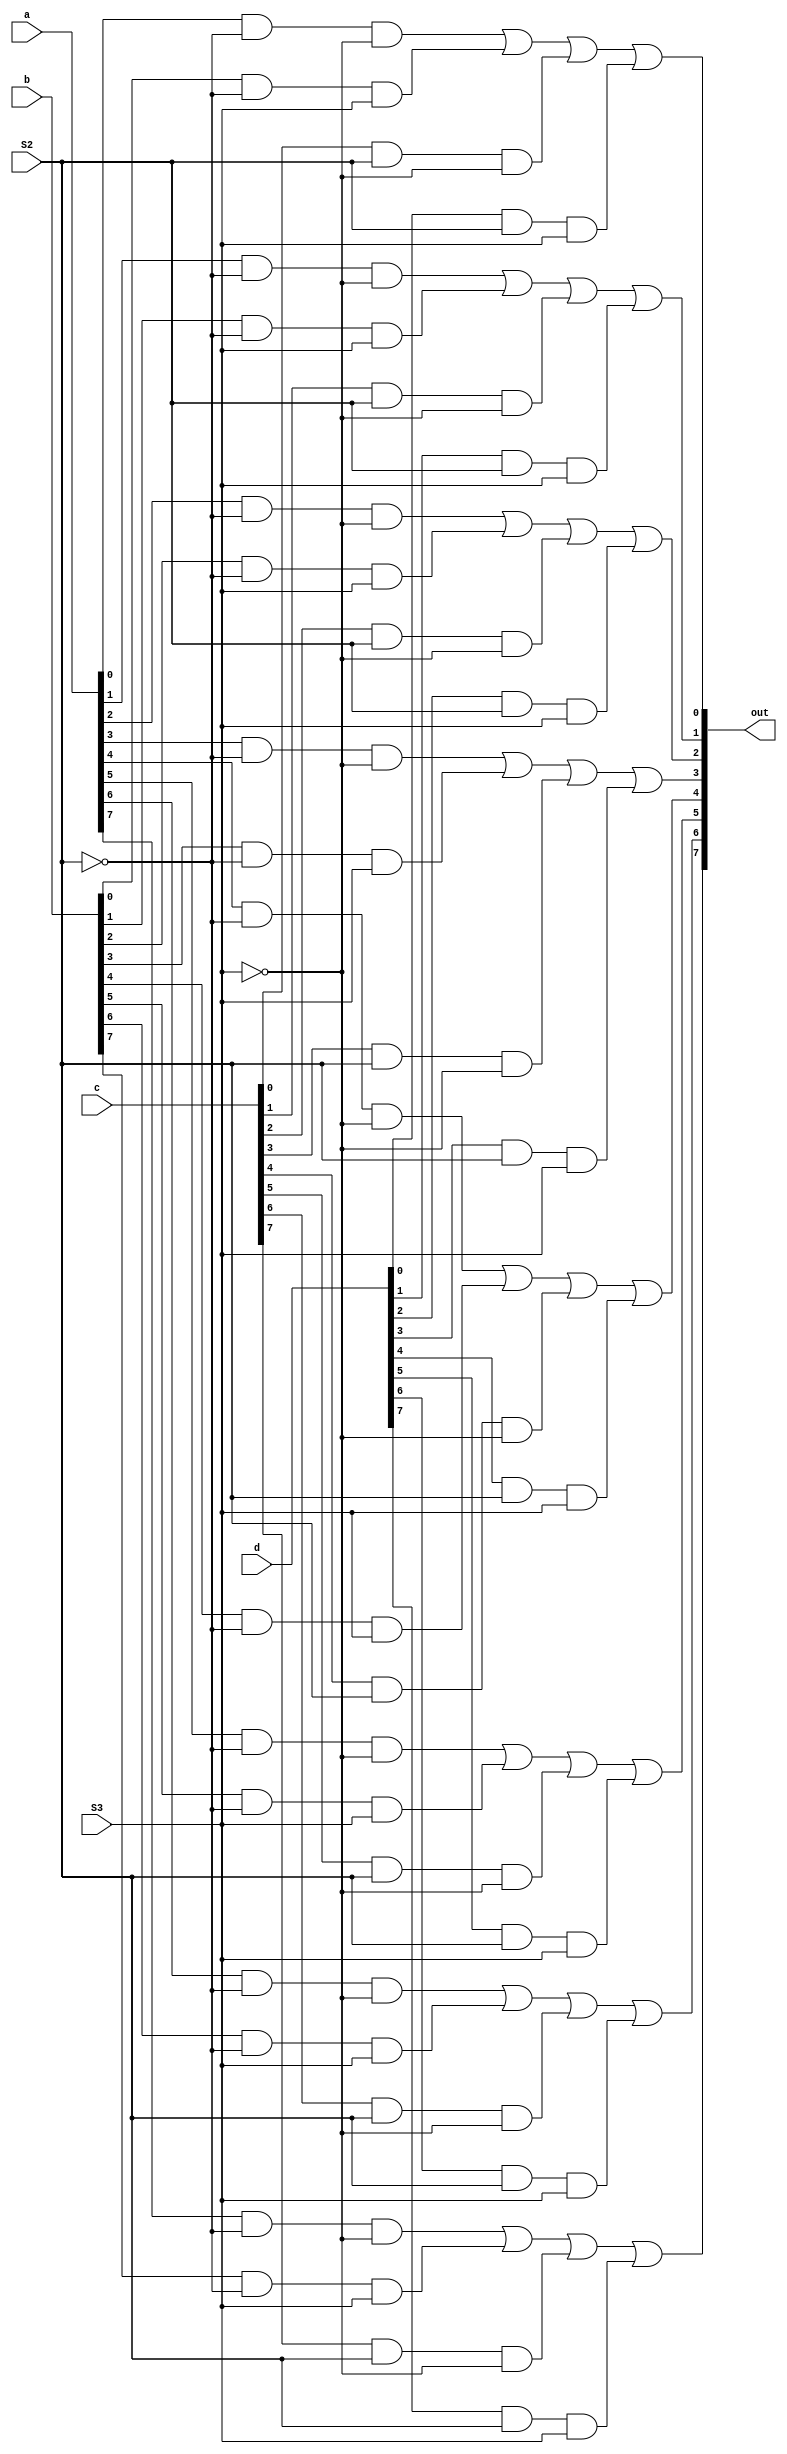
module mux4(out,a,b,c,d,S2,S3);
input [7:0] a,b,c,d;
input S2,S3;
output [7:0] out;

wire S2n,S3n; //not S3 , S2
wire [7:0] w1,w2,w3,w4;

 not n0(S3n,S3);
 not n1(S2n,S2);
 
 and a1(w1[0],a[0],S2n,S3n);
 and a2(w1[1],a[1],S2n,S3n);
 and a3(w1[2],a[2],S2n,S3n);
 and a4(w1[3],a[3],S2n,S3n);
 and a5(w1[4],a[4],S2n,S3n);
 and a6(w1[5],a[5],S2n,S3n);
 and a7(w1[6],a[6],S2n,S3n);
 and a8(w1[7],a[7],S2n,S3n);
 
 and b1(w2[0],b[0],S2n,S3);
 and b2(w2[1],b[1],S2n,S3);
 and b3(w2[2],b[2],S2n,S3);
 and b4(w2[3],b[3],S2n,S3);
 and b5(w2[4],b[4],S2n,S3);
 and b6(w2[5],b[5],S2n,S3);
 and b7(w2[6],b[6],S2n,S3);
 and b8(w2[7],b[7],S2n,S3);
 
 and c1(w3[0],c[0],S2,S3n);
 and c2(w3[1],c[1],S2,S3n);
 and c3(w3[2],c[2],S2,S3n);
 and c4(w3[3],c[3],S2,S3n);
 and c5(w3[4],c[4],S2,S3n);
 and c6(w3[5],c[5],S2,S3n);
 and c7(w3[6],c[6],S2,S3n);
 and c8(w3[7],c[7],S2,S3n);
 
 and d1(w4[0],d[0],S2,S3);
 and d2(w4[1],d[1],S2,S3);
 and d3(w4[2],d[2],S2,S3);
 and d4(w4[3],d[3],S2,S3);
 and d5(w4[4],d[4],S2,S3);
 and d6(w4[5],d[5],S2,S3);
 and d7(w4[6],d[6],S2,S3);
 and d8(w4[7],d[7],S2,S3);
 

or or1(out[0],w1[0],w2[0],w3[0],w4[0]);
or or2(out[1],w1[1],w2[1],w3[1],w4[1]);
or or3(out[2],w1[2],w2[2],w3[2],w4[2]);
or or4(out[3],w1[3],w2[3],w3[3],w4[3]);
or or5(out[4],w1[4],w2[4],w3[4],w4[4]);
or or6(out[5],w1[5],w2[5],w3[5],w4[5]);
or or7(out[6],w1[6],w2[6],w3[6],w4[6]);
or or8(out[7],w1[7],w2[7],w3[7],w4[7]);


endmodule